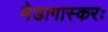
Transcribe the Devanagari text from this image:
मेडागास्करः